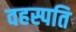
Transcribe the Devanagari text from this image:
वहस्पति